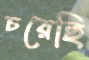
চরেছি